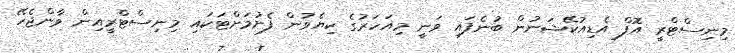
މިނިސްޓްރީ އޮފް އެޑިއުކޭޝަނުން ބުނެފައި ވަނީ މިއަހަރުގެ ކިޔެވުން ފެށުމަށްޓަކައި މިނިސްޓްރީއިން ވާންޖެހޭ